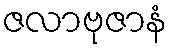
ဇလာဗုဇာနံ